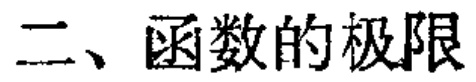
二、函数的极限